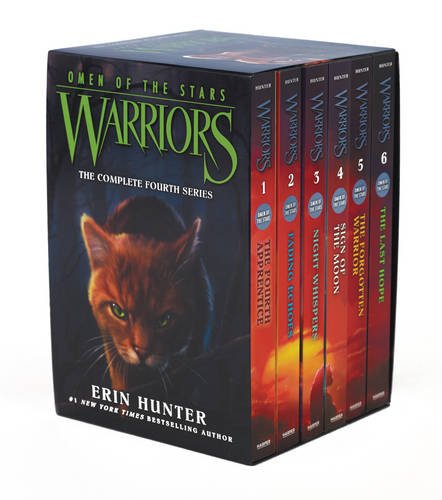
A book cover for Warriors: Omen of the Stars Box Set: Volumes 1-6; Erin Hunter; Children's Books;